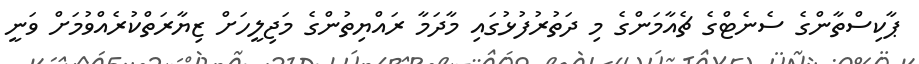
ޕާކިސްތާންގެ ސެނެޓްގެ ޗެއާމަންގެ މި ދަތުރުފުޅުގައި މާދަމާ ރައްޔިތުންގެ މަޖިލީހަށް ޒިޔާރަތްކުރެއްވުމަށް ވަނީ